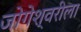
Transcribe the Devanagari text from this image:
जोगेश्वरीला